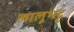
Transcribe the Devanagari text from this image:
लालूभट्ट